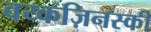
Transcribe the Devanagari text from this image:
वय्कज़िनस्की